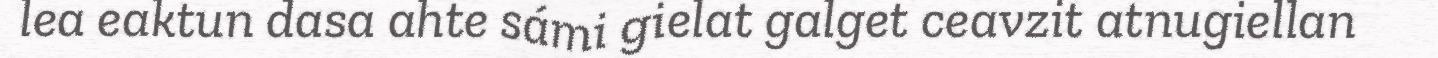
lea eaktun dasa ahte sámi gielat galget ceavzit atnugiellan